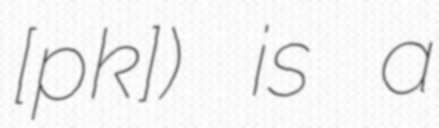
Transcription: [pɔ̃kɛ]) is a